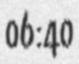
06:40